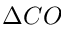
\Delta C O